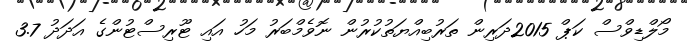
މޯލްޑިވްސް ކަޕް 2015ދަރިން ތަރުބިއްޔަތުކުރުން ނޮވެމްބަރު މަހު އައި ޓޫރިސްޓުންގެ އަދަދު 3.7